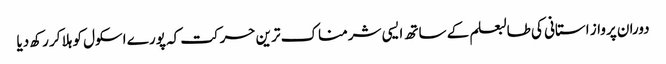
دوران پرواز استانی کی طالبعلم کے ساتھ ایسی شرمناک ترین حرکت کہ پورے اسکول کو ہلا کر رکھ دیا